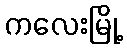
ကလေးမြို့